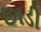
છાડી